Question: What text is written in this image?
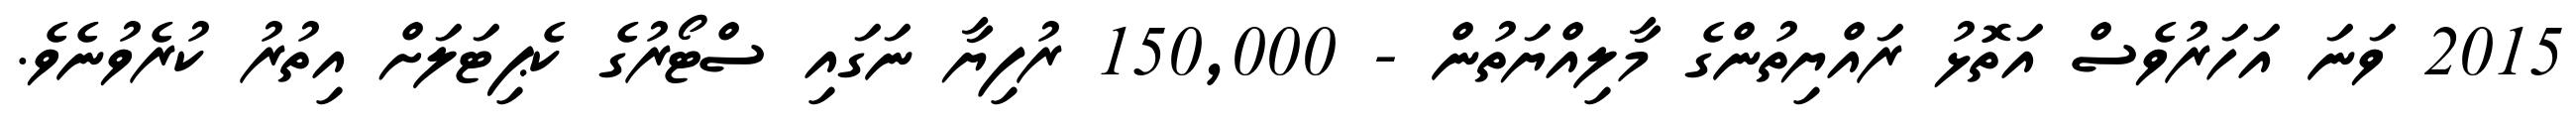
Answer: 2015 ވަނަ އަހަރުވެސް އަތޮޅު ރައްޔިތުންގެ މާލިއްޔަތުން - 150,000 ރުފިޔާ ނަގައި ސްޓޯރުގެ ކެޕިޓަލަށް އިތުރު ކުރެވުނެވެ.